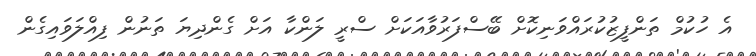
އެ ހުކުމް ތަންފީޒުކުރައްވަނިކޮށް ބޭސްފަރުވާއަކަށް ސްރީ ލަންކާ އަށް ގެންދިޔަ ތަނުން ފިއްލަވައިގެން